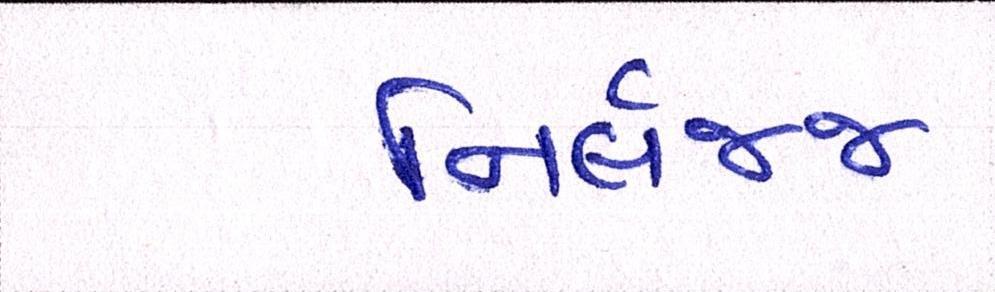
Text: નિર્લજ્જ